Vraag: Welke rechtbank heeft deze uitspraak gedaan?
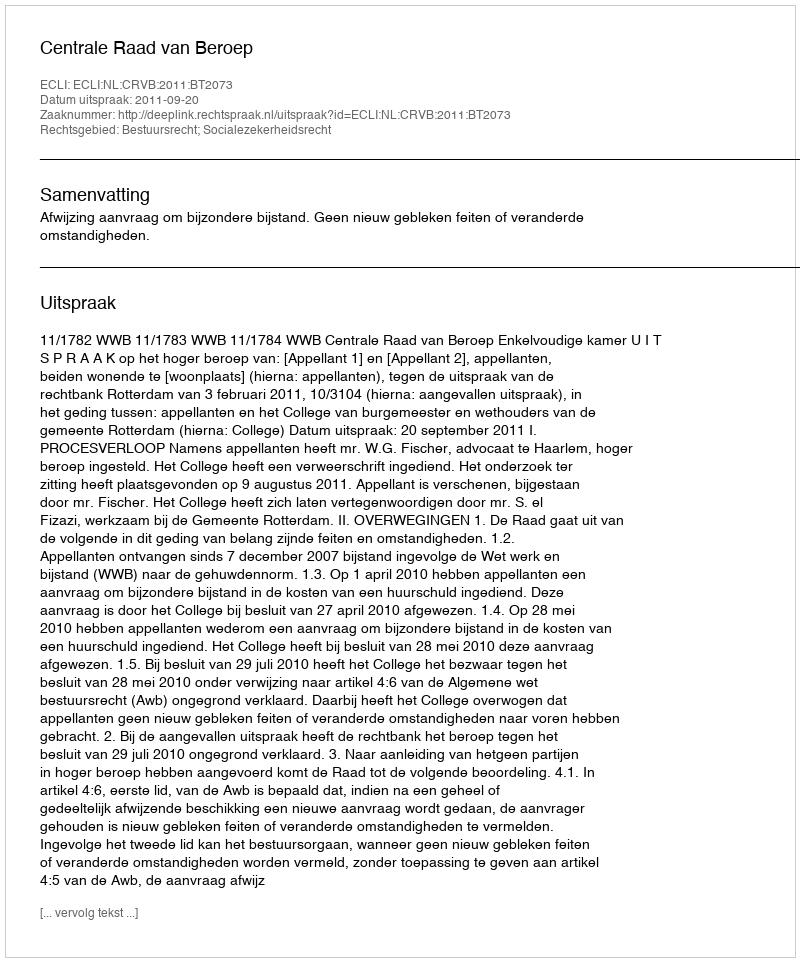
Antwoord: Centrale Raad van Beroep